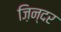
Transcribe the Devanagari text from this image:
ज़िन्दर